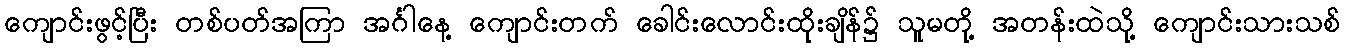
ကျောင်းဖွင့်ပြီး တစ်ပတ်အကြာ အင်္ဂါနေ့ ကျောင်းတက် ခေါင်းလောင်းထိုးချိန်၌ သူမတို့ အတန်းထဲသို့ ကျောင်းသားသစ်